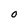
Character: o